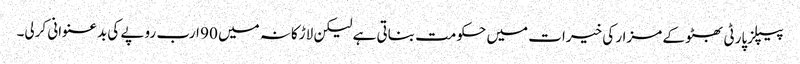
پیپلزپارٹی بھٹو کے مزار کی خیرات میں حکومت بناتی ہے لیکن لاڑکانہ میں 90 ارب روپے کی بدعنوانی کرلی۔